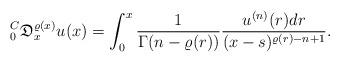
LaTeX: \begin{align*}{}_0^C \mathfrak{D}_x^{\varrho (x)} u(x) = \int_0^x {\frac{1}{{\Gamma (n - \varrho (r))}}\frac{{u^{(n)} (r)dr}}{{(x - s)^{\varrho (r) - n + 1} }}}.\end{align*}